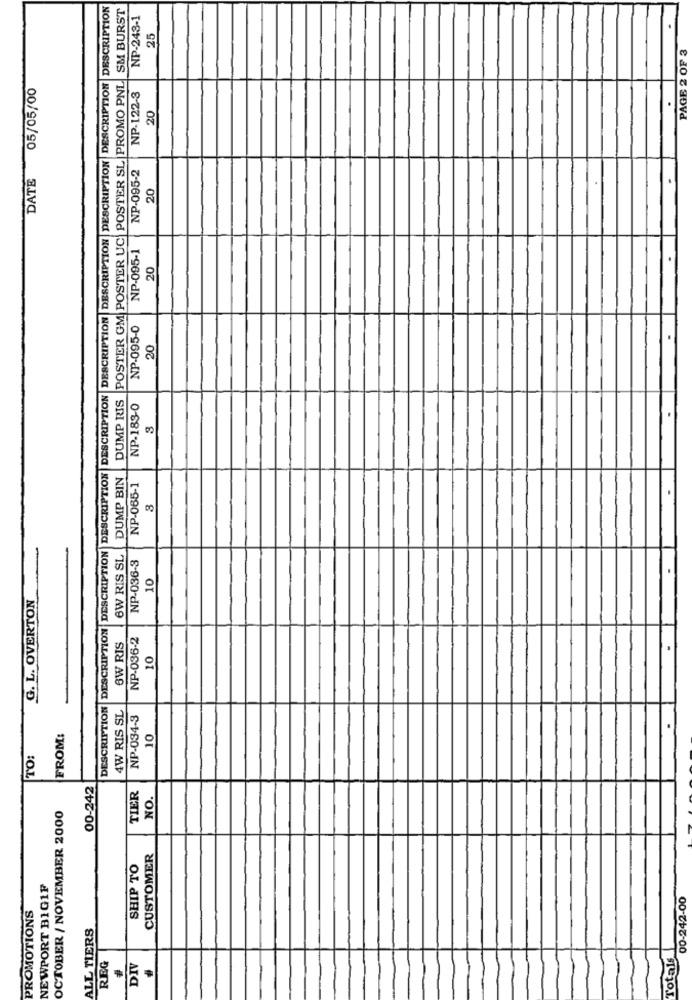
DESCRIPTION DESCRIPTION DESCRIPTION DESCRIPTION DESCRIPTION DESCRIPTION DESCRIPTION DESCRIPTION DESCRIPTION DESCRIPTION
SM BURST
NP-243-1
25
PAGE 2 OF 3
05/05/00
DUMP RIS POSTER GM POSTER UC POSTER SL PROMO PNL
NP.122-3
20
DATE
NP-095-2
20
NP-095-1
20
NP-095-0
20
NP-183-0
3
DUMP BIN
NP-065-1
3
6W RIS SL
NP-036-3
10
G. L. OVERTON
NP-036-2
6W RIS
10
4W RIS SL
NP-034-3
FROM:
10
TO:
00-242
TIER
NO.
OCTOBER / NOVEMBER 2000
CUSTOMER
SHIP TO
NEWPORT BIG1F
00-242-00
PROMOTIONS
ALL TIERS
Totals
REG
DIV